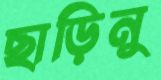
ছাড়িনু